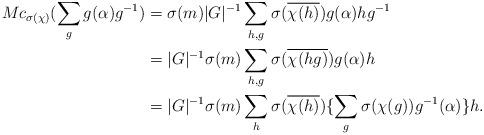
LaTeX: \begin{align*}Mc_{\sigma(\chi)}(\sum_g g(\alpha)g^{-1})&=\sigma(m)|G|^{-1}\sum_{h,g}\sigma(\overline{\chi(h)}) g(\alpha)hg^{-1}\\&=|G|^{-1}\sigma(m)\sum_{h,g}\sigma(\overline{\chi(hg)})g(\alpha)h\\&=|G|^{-1}\sigma(m)\sum_h\sigma(\overline{\chi(h)})\{\sum_{g}\sigma({\chi(g)})g^{-1}(\alpha)\}h. \end{align*}